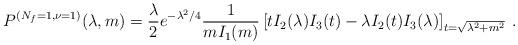
LaTeX: \begin{align*}P^{(N_f=1,\nu=1)}(\lambda,m)=\frac{\lambda}{2} e^{-\lambda^2/4}\frac{1}{mI_1(m)} \left[tI_2(\lambda)I_3(t)-\lambda I_2(t)I_3(\lambda) \right]_{t=\sqrt{\lambda^2+m^2}}\:.\end{align*}